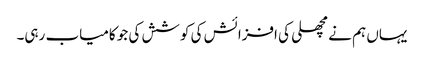
یہاں ہم نے مچھلی کی افزائش کی کوشش کی جو کامیاب رہی۔